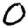
Digit: 0